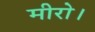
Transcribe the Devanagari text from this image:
मीरो।